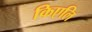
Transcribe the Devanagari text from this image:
किएलि